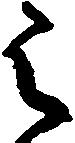
被